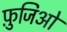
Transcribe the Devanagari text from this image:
फ़ुजिओ